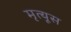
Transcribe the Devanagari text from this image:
मृत्यूस